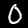
Digit: 0